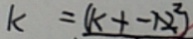
k = ( k + - 1 2 ) ^ { 2 }